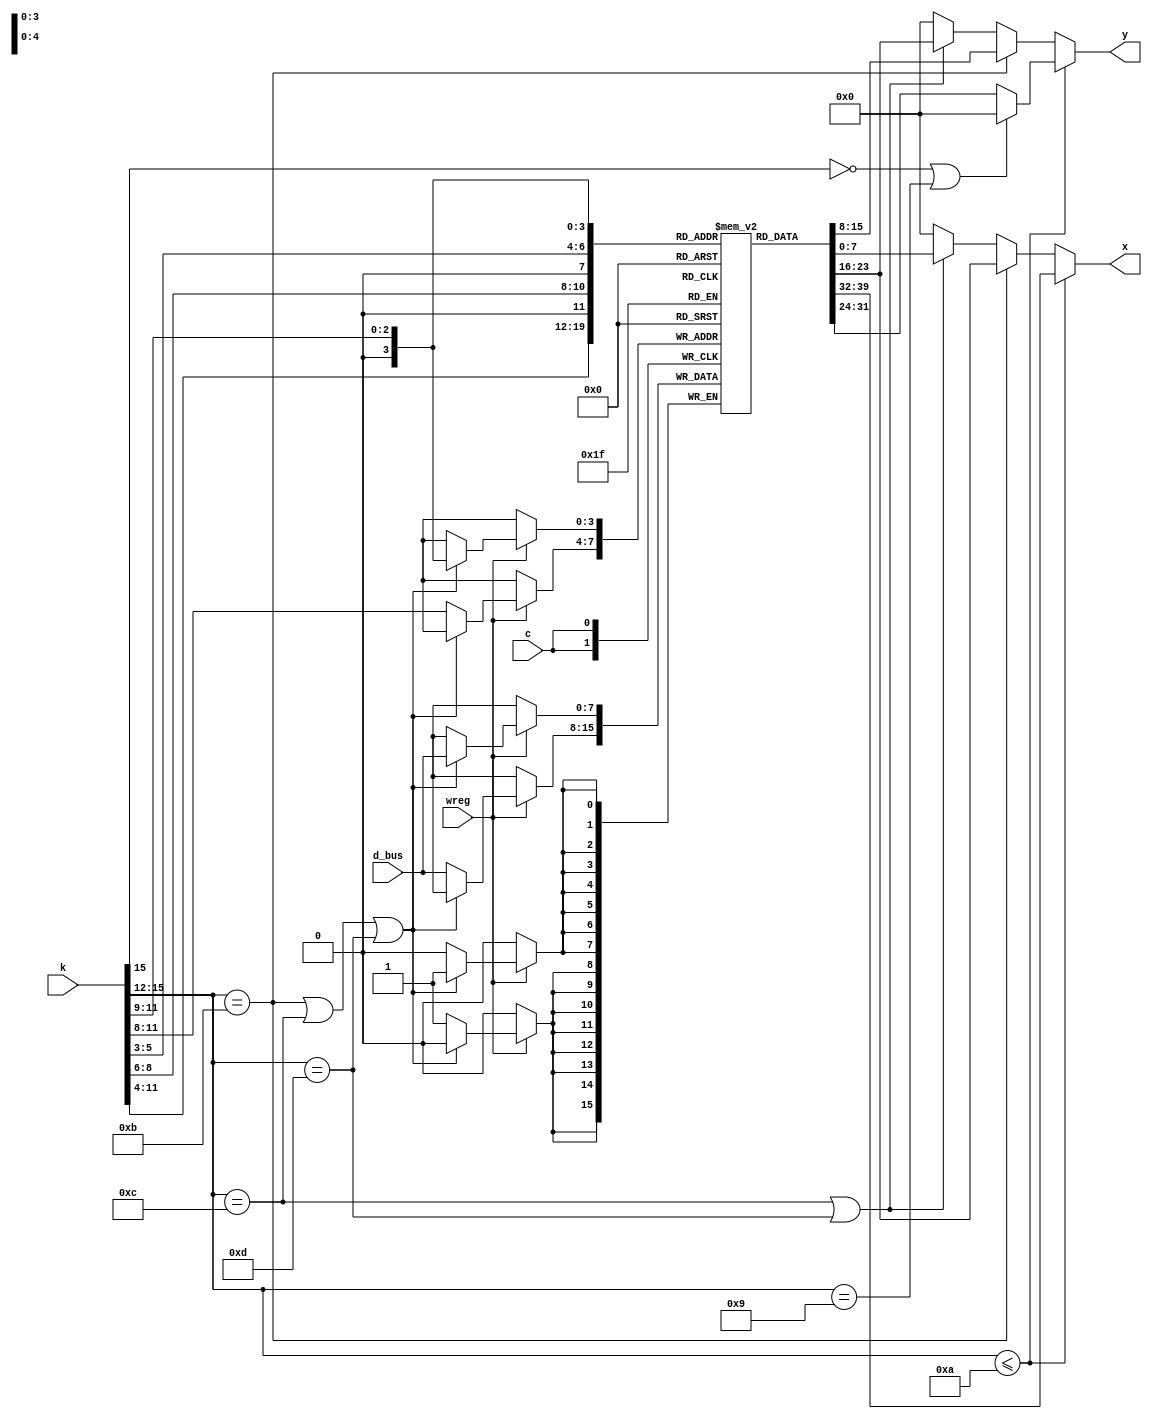
module blok_ron(c,wreg,d_bus,k, x,y);
input c,wreg;
input [7:0] d_bus;
input [15:0] k;
output [7:0] x,y;
reg [7:0] x,y;
reg [7:0] ron [15:0];
always begin
  if (k[15:12] <= 4'ha) begin
	x <= ron[k[11:8]];
	y <= (k[15]==0 | k[15:12]==9) ? 8'h00 : ron[k[7:4]];
  end
  else if (k[15:12]==4'hb) begin
	x <= ron[k[8:6]];
	y <= ron[k[5:3]];
  end
  else if (k[15:12]==4'hc | k[15:12]==4'hd) begin
	x <= ron[k[11:9]];
	y <= ron[k[8:6]];
  end
  else begin
	x <= 0;
	y <= 0;
  end
end
always @(posedge c)
  if (wreg) begin
	if (k[15:12]==4'hb | k[15:12]==4'hc | k[15:12]==4'hd) ron[k[11:9]] = d_bus;
	else ron[k[11:8]] = d_bus;
  end
endmodule